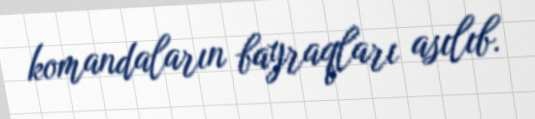
komandaların bayraqları asılıb.